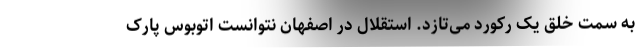
به سمت خلق یک رکورد می‌تازد. استقلال در اصفهان نتوانست اتوبوس پارک